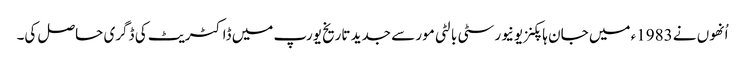
اُنھوں نے 1983ء میں جان ہاپکنز یونیورسٹی بالٹی مور سے جدید تاریخ یورپ میں ڈاکٹریٹ کی ڈگری حاصل کی۔